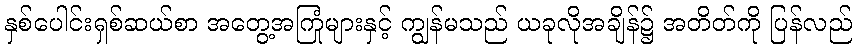
နှစ်ပေါင်းရှစ်ဆယ်စာ အတွေ့အကြုံများနှင့် ကျွန်မသည် ယခုလိုအချိန်၌ အတိတ်ကို ပြန်လည်